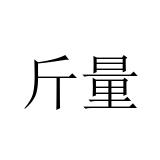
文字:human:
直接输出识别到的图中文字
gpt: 斤量